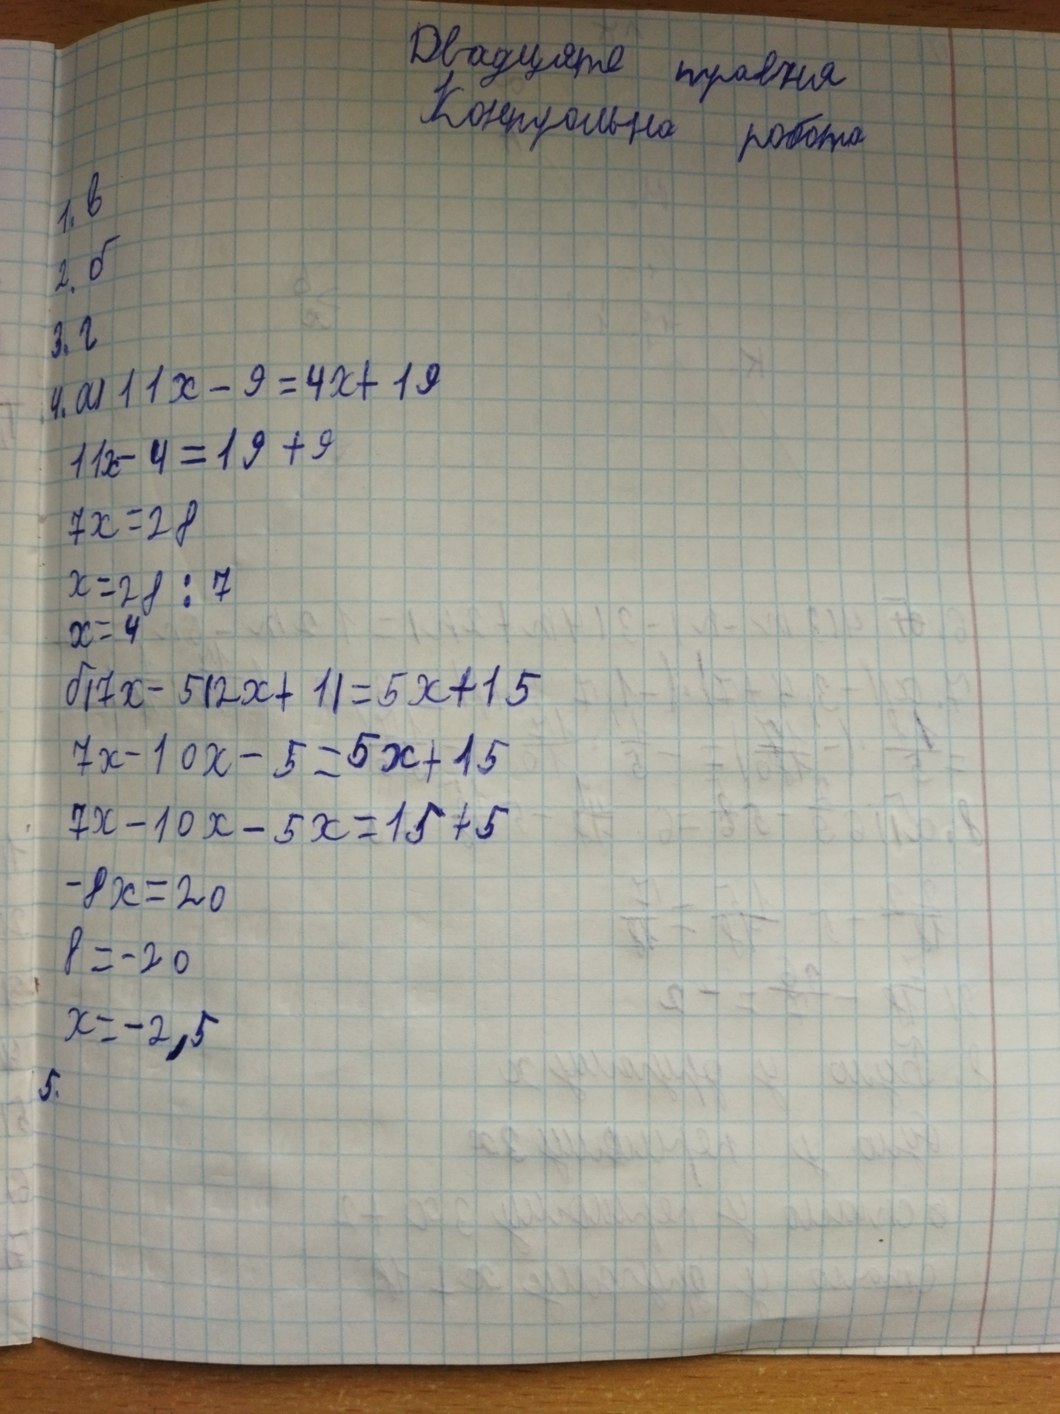
Двадцяте травня
Контрольна робота
1. в
2. б
3. г
4. a) 11x - 9 = 4x + 19
11x - 4 = 19 + 9
7x = 28
x = 28 : 7
x = 4
б) 7x - 5(2x + 1) = 5x + 15
7x - 10x - 5 = 5x + 15
7x - 10x - 5x = 15 + 5
-8x = 20
8 = -20
x = -2,5
5,